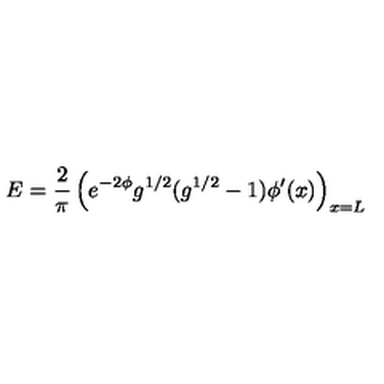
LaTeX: E = { \frac { 2 } { \pi } } \left( e ^ { - 2 \phi } g ^ { 1 / 2 } ( g ^ { 1 / 2 } - 1 ) \phi ^ { \prime } ( x ) \right) _ { x = L }